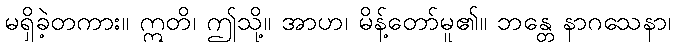
မရှိခဲ့တကား။ ဣတိ၊ ဤသို့။ အာဟ၊ မိန့်တော်မူ၏။ ဘန္တေ နာဂသေနာ၊